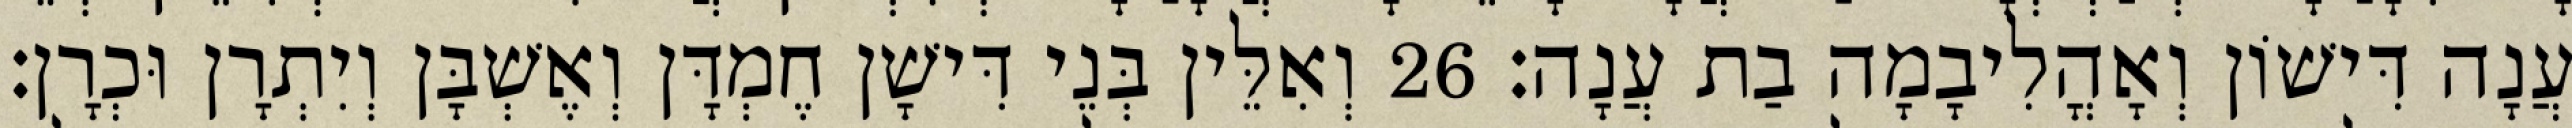
עֲנָה דִּישׁוֹן וְאָהֳלִיבָמָה בַת עֲנָה׃ 26 וְאִלֵּין בְּנֵי דִּישָׁן חֶמְדָּן וְאֶשְׁבָּן וְיִתְרָן וּכְרָן׃